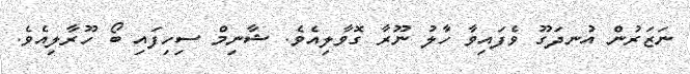
ނަޒަރުން އުނދަގޫ ވެފައިވާ ހާލު ނޫރާ ގޮވާލިއެވެ. ޝާނިމް ސިހިފައި ބޯ ހޫރާލިއެވެ.